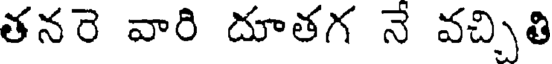
తనరె వారి దూతగ నే వచ్చితి